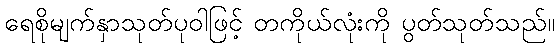
ရေစိုမျက်နှာသုတ်ပုဝါဖြင့် တကိုယ်လုံးကို ပွတ်သုတ်သည်။